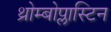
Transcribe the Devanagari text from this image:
थ्रोम्बोप्लास्टिन